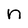
Character: n